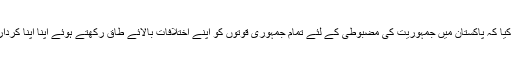
اجلاس نے اتفاق کیا کہ پاکستان میں جمہوریت کی مضبوطی کے لئے تمام جمہوری قوتوں کو اپنے اختلافات بالائے طاق رکھتے ہوئے اپنا اپنا کردار ادا کرنا چاہئے۔